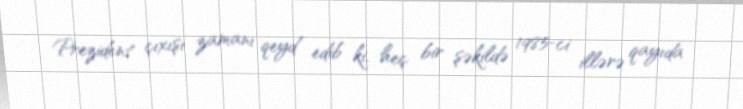
Prezident çıxışı zamanı qeyd edib ki, heç bir şəkildə 1985-ci illərə qayıda